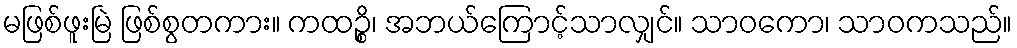
မဖြစ်ဖူးမြဲ ဖြစ်စွတကား။ ကထဉ္စိ၊ အဘယ်ကြောင့်သာလျှင်။ သာဝကော၊ သာဝကသည်။